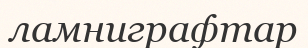
ламниграфтар